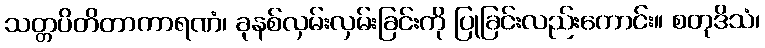
သတ္တပိတိတာကာရဏံ၊ ခုနစ်လှမ်းလှမ်းခြင်းကို ပြုခြင်းလည်းကောင်း။ စတုဒိသံ၊